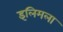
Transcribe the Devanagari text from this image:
इलिमला